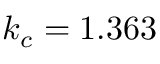
k _ { c } = 1 . 3 6 3